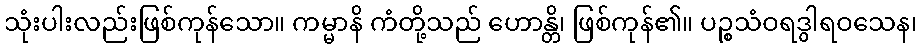
သုံးပါးလည်းဖြစ်ကုန်သော။ ကမ္မာနိ ကံတို့သည် ဟောန္တိ၊ ဖြစ်ကုန်၏။ ပဉ္စသံဝရဒွါရဝသေန၊